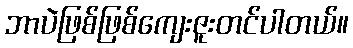
ဘာပဲဖြစ်ဖြစ်ကျေးဇူးတင်ပါတယ်။